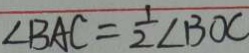
\angle B A C = \frac { 1 } { 2 } \angle B O C